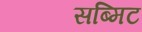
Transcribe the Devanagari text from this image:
सब्मिट